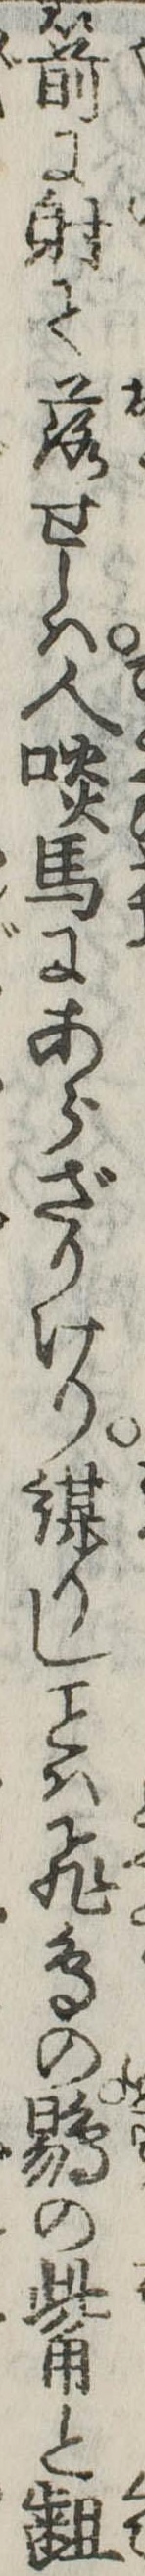
箭に射て落せしは人啖馬にあらざりけり謀りしは飛鳥の鶍の觜と齟